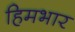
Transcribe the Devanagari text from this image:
हिमभार